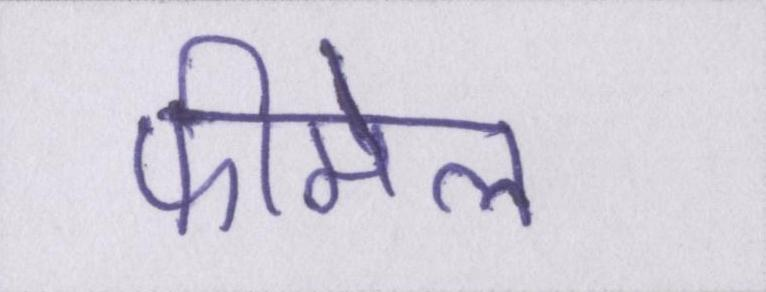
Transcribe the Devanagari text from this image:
फीमेल